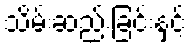
သိမ်းဆည်းခြင်းနှင့်